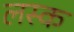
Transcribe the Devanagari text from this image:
लस्क